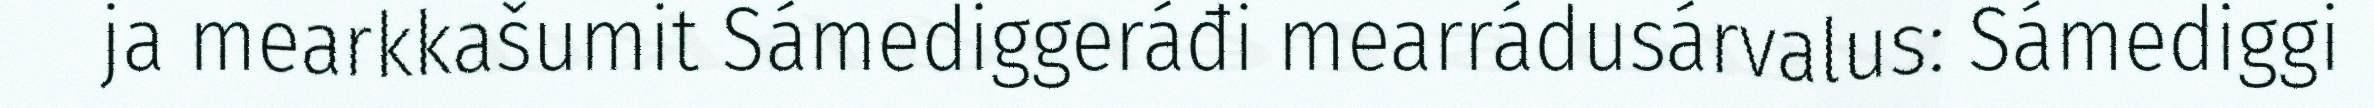
ja mearkkašumit Sámediggeráđi mearrádusárvalus: Sámediggi